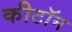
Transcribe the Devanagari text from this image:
कीटॉन